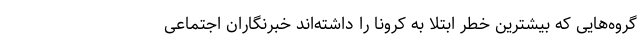
گروه‌هایی که بیشترین خطر ابتلا به کرونا را داشته‌اند خبرنگاران اجتماعی